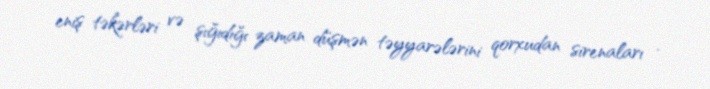
eniş təkərləri və şığıdığı zaman düşmən təyyarələrini qorxudan sirenaları .